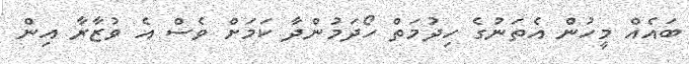
ބައެއް މީހުން އެތަނުގެ ހިދުމަތް ހޯދަމުންދާ ކަމަށް ވެސް އެ ވުޒާރާ އިން